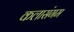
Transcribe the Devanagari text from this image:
कलासंगम